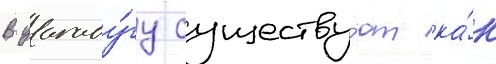
В уагаду́гу существу́ют ка́к